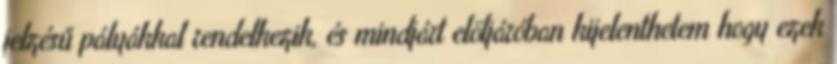
jelzésű pályákkal rendelkezik, és mindjárt elöljáróban kijelenthetem hogy ezek